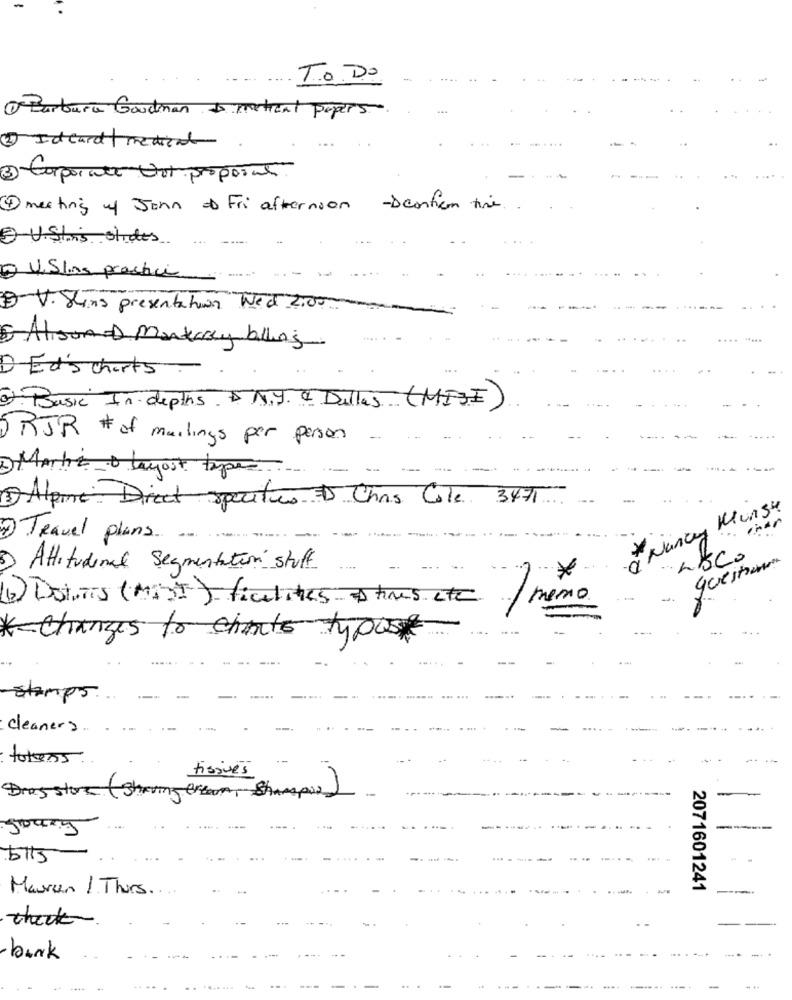
To Do
@ Barbara Goodman & metical papers
1 Idcard | Pacient.
3) Corporate Vor propoint
1 meeting of John Fri afternoon -Deation time.
E UShis slides
V. Slos practice
.-
B V. Shing presentation Wed 2:00
....
Alison=D Monterrey billing
DEd's charts
-
2) Basic In depths. & N.Y. & Dallas ( MISE)
RJR # of mailings per person .....
....
Marta o leyost tape
1)Alpine Direct specitus = Chris Cole 3471
à Nancy Mungu
einar
9 Travel plans
questa
Attitudinal Segmentation stuff
.-
(b) DoinTTS ( MIT ) ficelites & times etc / memo
* changes to chante typos
stamps.
cleaners
totens.
Drugstore (Shaving cream, Shampoo)
goary
-----
Harun / Thurs ...
2071601241
check
-+
-bank
-